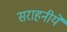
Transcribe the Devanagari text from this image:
सराहनीये